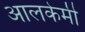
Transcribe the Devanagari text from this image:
आलकेमी